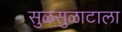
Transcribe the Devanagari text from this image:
सुळसुळाटाला